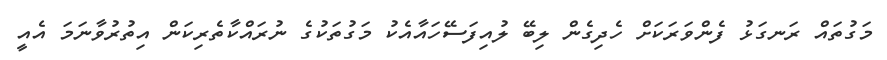
މަގުތައް ރަނގަޅު ފެންވަރަކަށް ހެދިގެން ލިބޭ ލުއިފަސޭހައާއެކު މަގުތަކުގެ ނުރައްކާތެރިކަން އިތުރުވާނަމަ އެއީ